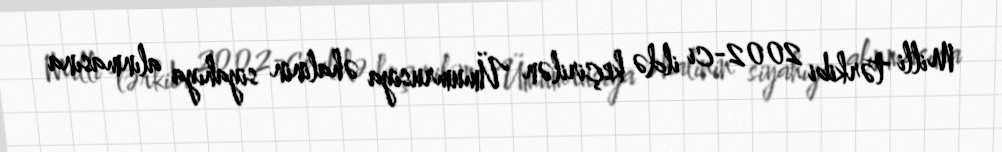
Milli tərkibi 2002-ci ildə keçirilən Ümumrusiya əhalinin siyahıya alınmasına